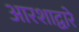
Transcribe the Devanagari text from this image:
आरशाद्वारे